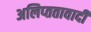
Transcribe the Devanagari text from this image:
अलिप्‍ततावादी